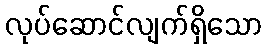
လုပ်ဆောင်လျက်ရှိသော